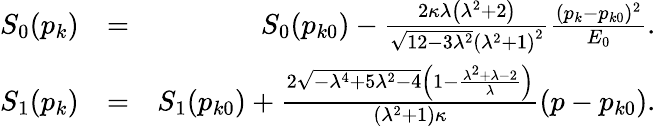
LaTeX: \begin{array}{rlr}{S_{0}(p_{k})}&{=}&{S_{0}(p_{k0})-\frac{2\kappa\lambda\left(\lambda^{2}+2\right)}{\sqrt{12-3\lambda^{2}}\left(\lambda^{2}+1\right)^{2}}\frac{(p_{k}-p_{k0})^{2}}{E_{0}}.}\\ {S_{1}(p_{k})}&{=}&{S_{1}(p_{k0})+\frac{2\sqrt{-\lambda^{4}+5\lambda^{2}-4}\left(1-\frac{\lambda^{2}+\lambda-2}{\lambda}\right)}{(\lambda^{2}+1)\kappa}(p-p_{k0}).}\end{array}